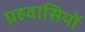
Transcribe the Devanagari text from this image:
ग्रहवासियों